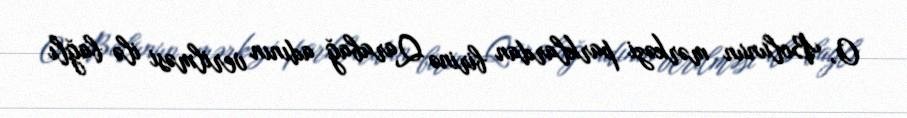
O, Bolunun mərkəzi parklardan birinə Qarabağ adının verilməsi ilə bağlı